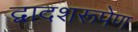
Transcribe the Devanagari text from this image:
द्वादशरूपेण